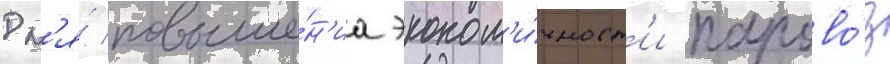
Дл'я́ повыше́н'иа эконом'и́чност'и парово́з